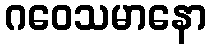
ဂဝေသမာနော